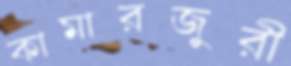
কামারজুরী